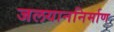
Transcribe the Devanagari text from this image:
जलयाननिर्माण